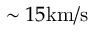
\sim 1 5 \mathrm { k m / s }